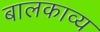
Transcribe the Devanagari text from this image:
बालकाव्य